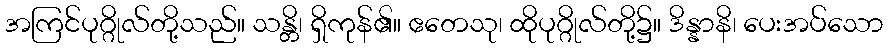
အကြင်ပုဂ္ဂိုလ်တို့သည်။ သန္တိ၊ ရှိကုန်၏။ ဧတေသု၊ ထိုပုဂ္ဂိုလ်တို့၌။ ဒိန္နာနိ၊ ပေးအပ်သော